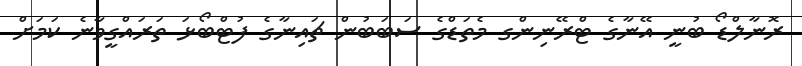
ރޮނާލްޑޯ ބުނީ އޭނާގެ ޓްރޭނިންގ މެތަޑްގެ ސަބަބުން ޗައިނާގެ ފުޓްބޯޅަ ތަރައްގީވާނެ ކަމަށް